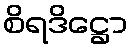
စိရဒိဋ္ဌော